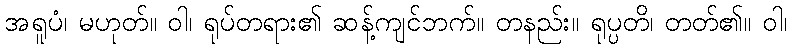
အရူပံ၊ မဟုတ်။ ဝါ၊ ရုပ်တရား၏ ဆန့်ကျင်ဘက်။ တနည်း။ ရုပ္ပတိ၊ တတ်၏။ ဝါ၊